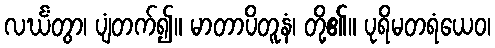
လင်္ဃံတွာ၊ ပျံတက်၍။ မာတာပိတူနံ၊ တို့၏။ ပုရိမတရံယေဝ၊